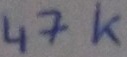
Text: 47K